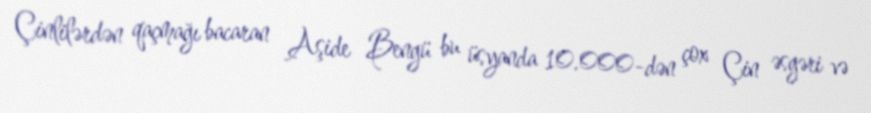
Çinlilərdən qaçmağı bacaran Aşide Bengü bu üsyanda 10.000-dən çox Çin əsgəri və